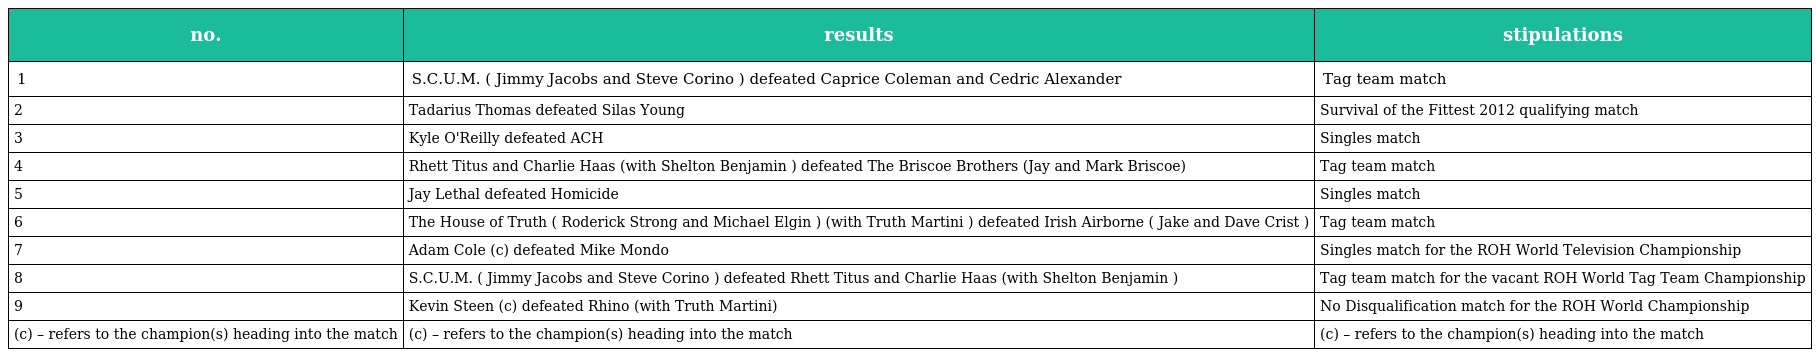
| no. | results | stipulations |
 | --- | --- | --- |
 | 1 | S.C.U.M. ( Jimmy Jacobs and Steve Corino ) defeated Caprice Coleman and Cedric Alexander | Tag team match |
 | 2 | Tadarius Thomas defeated Silas Young | Survival of the Fittest 2012 qualifying match |
 | 3 | Kyle O'Reilly defeated ACH | Singles match |
 | 4 | Rhett Titus and Charlie Haas (with Shelton Benjamin ) defeated The Briscoe Brothers (Jay and Mark Briscoe) | Tag team match |
 | 5 | Jay Lethal defeated Homicide | Singles match |
 | 6 | The House of Truth ( Roderick Strong and Michael Elgin ) (with Truth Martini ) defeated Irish Airborne ( Jake and Dave Crist ) | Tag team match |
 | 7 | Adam Cole (c) defeated Mike Mondo | Singles match for the ROH World Television Championship |
 | 8 | S.C.U.M. ( Jimmy Jacobs and Steve Corino ) defeated Rhett Titus and Charlie Haas (with Shelton Benjamin ) | Tag team match for the vacant ROH World Tag Team Championship |
 | 9 | Kevin Steen (c) defeated Rhino (with Truth Martini) | No Disqualification match for the ROH World Championship |
 | (c) – refers to the champion(s) heading into the match | (c) – refers to the champion(s) heading into the match | (c) – refers to the champion(s) heading into the match |